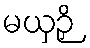
မယှဉှိ